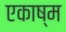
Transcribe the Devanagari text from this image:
एकाष्म